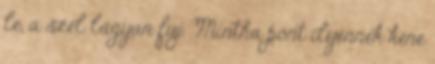
le, a szél lágyan fúj. Mintha pont ilyennek kéne